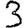
Digit: 3